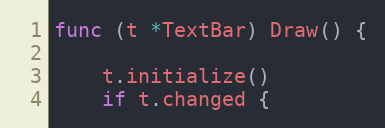
Language: Go
func (t *TextBar) Draw() {

	t.initialize()
	if t.changed {